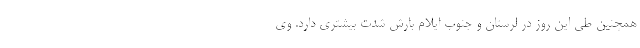
همچنین طی این روز در لرستان و جنوب ایلام بارش شدت بیشتری دارد. وی